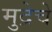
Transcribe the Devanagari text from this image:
मुद्रेचे